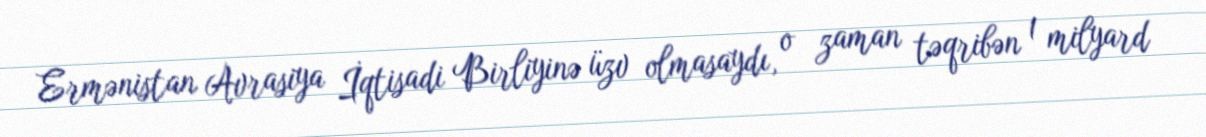
Ermənistan Avrasiya İqtisadi Birliyinə üzv olmasaydı, o zaman təqribən 1 milyard